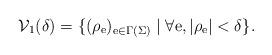
LaTeX: \begin{align*}\mathcal V_1(\delta) = \{(\rho_{\rm e})_{{\rm e} \in \Gamma(\Sigma)}\mid \forall {\rm e}, \vert\rho_{\rm e}\vert < \delta\}.\end{align*}